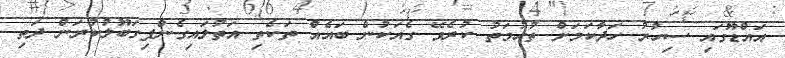
އައްޑޫގައި ސިހުރު ހަދާކަމަށް ތުހުމަތު ކުރެވޭ ގެއަކުން ބައެއް ތަކެތި އަތުލައިގެންފިގަބޫލުކުރަން ދަތި